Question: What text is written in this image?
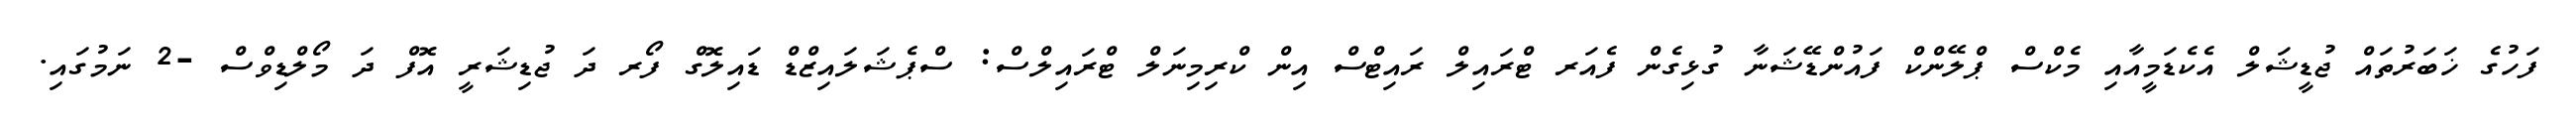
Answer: ފަހުގެ ޚަބަރުތައް ޖުޑީޝަލް އެކެޑަމީއާއި މެކްސް ޕްލޭންކް ފައުންޑޭޝަނާ ގުޅިގެން ފެއަރ ޓްރައިލް ރައިޓްސް އިން ކްރިމިނަލް ޓްރައިލްސް: ސްޕެޝަލައިޒްޑް ޑައިލޮގް ފޯރ ދަ ޖުޑިޝަރީ އޮފް ދަ މޯލްޑިވްސް -2 ނަމުގައި.